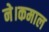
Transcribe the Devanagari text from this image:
ने।कमाल